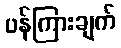
ပန်ကြားချက်